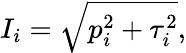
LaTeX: I_{i}=\sqrt{p_{i}^{2}+\tau_{i}^{2}},